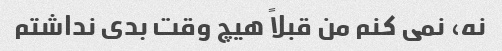
نه، نمی کنم من قبلاً هیچ وقت بدی نداشتم